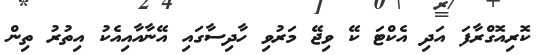
ކޮރިއޮގްރާފަ އަދި އެކްޓަ ކޭ ވިޖޭ މަރުވި ހާދިސާގައި އޭނާއާއިއެކު އިތުރު ތިން